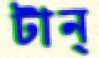
টান্